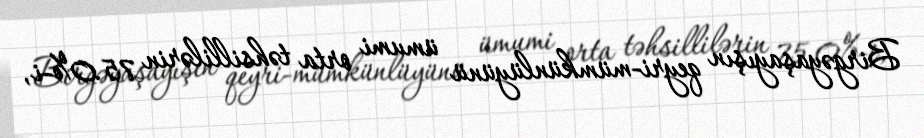
Birgəyaşayışın qeyri-mümkünlüyünü ümumi orta təhsillilərin 75.0%-i,